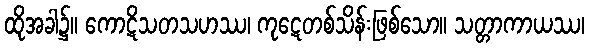
ထိုအခါ၌။ ကောဋိသတသဟဿ၊ ကုဋေတစ်သိန်းဖြစ်သော။ သတ္တာကာယဿ၊